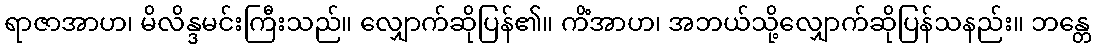
ရာဇာအာဟ၊ မိလိန္ဒမင်းကြီးသည်။ လျှောက်ဆိုပြန်၏။ ကိံအာဟ၊ အဘယ်သို့လျှောက်ဆိုပြန်သနည်း။ ဘန္တေ